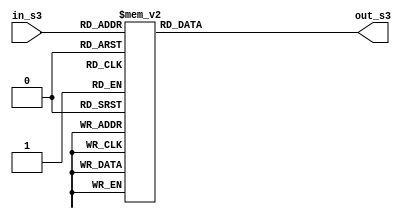
module s_box_03(in_s3,out_s3);

input [7:0] in_s3;
output reg [31:0] out_s3;

always@(*)
begin
	
	case(in_s3)
	
8'h00 : out_s3 = 32'he93d5a68  ;
8'h01 : out_s3 = 32'h948140f7  ;
8'h02 : out_s3 = 32'hf64c261c  ;
8'h03 : out_s3 = 32'h94692934  ;
8'h04 : out_s3 = 32'h411520f7  ;
8'h05 : out_s3 = 32'h7602d4f7  ;
8'h06 : out_s3 = 32'hbcf46b2e  ;
8'h07 : out_s3 = 32'hd4a20068  ;
8'h08 : out_s3 = 32'hd4082471  ;
8'h09 : out_s3 = 32'h3320f46a  ;
8'h0A : out_s3 = 32'h43b7d4b7  ;
8'h0B : out_s3 = 32'h500061af  ;
8'h0C : out_s3 = 32'h1e39f62e  ;
8'h0D : out_s3 = 32'h97244546  ;
8'h0E : out_s3 = 32'h14214f74  ;
8'h0F : out_s3 = 32'hbf8b8840  ;
8'h10 : out_s3 = 32'h4d95fc1d  ;
8'h11 : out_s3 = 32'h96b591af  ;
8'h12 : out_s3 = 32'h70f4ddd3  ;
8'h13 : out_s3 = 32'h66a02f45  ;
8'h14 : out_s3 = 32'hbfbc09ec  ;
8'h15 : out_s3 = 32'h03bd9785  ;
8'h16 : out_s3 = 32'h7fac6dd0  ;
8'h17 : out_s3 = 32'h31cb8504  ;
8'h18 : out_s3 = 32'h96eb27b3  ;
8'h19 : out_s3 = 32'h55fd3941  ;
8'h1A : out_s3 = 32'hda2547e6  ;
8'h1B : out_s3 = 32'habca0a9a  ;
8'h1C : out_s3 = 32'h28507825  ;
8'h1D : out_s3 = 32'h530429f4  ;
8'h1E : out_s3 = 32'h0a2c86da  ;
8'h1F : out_s3 = 32'he9b66dfb  ;
8'h20 : out_s3 = 32'h68dc1462  ;
8'h21 : out_s3 = 32'hd7486900  ;
8'h22 : out_s3 = 32'h680ec0a4  ;
8'h23 : out_s3 = 32'h27a18dee  ;
8'h24 : out_s3 = 32'h4f3ffea2  ;
8'h25 : out_s3 = 32'he887ad8c  ;
8'h26 : out_s3 = 32'hb58ce006  ;
8'h27 : out_s3 = 32'h7af4d6b6  ;
8'h28 : out_s3 = 32'haace1e7c  ;
8'h29 : out_s3 = 32'hd3375fec  ;
8'h2A : out_s3 = 32'hce78a399  ;
8'h2B : out_s3 = 32'h406b2a42  ;
8'h2C : out_s3 = 32'h20fe9e35  ;
8'h2D : out_s3 = 32'hd9f385b9  ;
8'h2E : out_s3 = 32'hee39d7ab  ;
8'h2F : out_s3 = 32'h3b124e8b  ;
8'h30 : out_s3 = 32'h1dc9faf7  ;
8'h31 : out_s3 = 32'h4b6d1856  ;
8'h32 : out_s3 = 32'h26a36631  ;
8'h33 : out_s3 = 32'heae397b2  ;
8'h34 : out_s3 = 32'h3a6efa74  ;
8'h35 : out_s3 = 32'hdd5b4332  ;
8'h36 : out_s3 = 32'h6841e7f7  ;
8'h37 : out_s3 = 32'hca7820fb  ;
8'h38 : out_s3 = 32'hfb0af54e  ;
8'h39 : out_s3 = 32'hd8feb397  ;
8'h3A : out_s3 = 32'h454056ac  ;
8'h3B : out_s3 = 32'hba489527  ;
8'h3C : out_s3 = 32'h55533a3a  ;
8'h3D : out_s3 = 32'h20838d87  ;
8'h3E : out_s3 = 32'hfe6ba9b7  ;
8'h3F : out_s3 = 32'hd096954b  ;
8'h40 : out_s3 = 32'h55a867bc  ;
8'h41 : out_s3 = 32'ha1159a58  ;
8'h42 : out_s3 = 32'hcca92963  ;
8'h43 : out_s3 = 32'h99e1db33  ;
8'h44 : out_s3 = 32'ha62a4a56  ;
8'h45 : out_s3 = 32'h3f3125f9  ;
8'h46 : out_s3 = 32'h5ef47e1c  ;
8'h47 : out_s3 = 32'h9029317c  ;
8'h48 : out_s3 = 32'hfdf8e802  ;
8'h49 : out_s3 = 32'h04272f70  ;
8'h4A : out_s3 = 32'h80bb155c  ;
8'h4B : out_s3 = 32'h05282ce3  ;
8'h4C : out_s3 = 32'h95c11548  ;
8'h4D : out_s3 = 32'he4c66d22  ;
8'h4E : out_s3 = 32'h48c1133f  ;
8'h4F : out_s3 = 32'hc70f86dc  ;
8'h50 : out_s3 = 32'h07f9c9ee  ;
8'h51 : out_s3 = 32'h41041f0f  ;
8'h52 : out_s3 = 32'h404779a4  ;
8'h53 : out_s3 = 32'h5d886e17  ;
8'h54 : out_s3 = 32'h325f51eb  ;
8'h55 : out_s3 = 32'hd59bc0d1  ;
8'h56 : out_s3 = 32'hf2bcc18f  ;
8'h57 : out_s3 = 32'h41113564  ;
8'h58 : out_s3 = 32'h257b7834  ;
8'h59 : out_s3 = 32'h602a9c60  ;
8'h5A : out_s3 = 32'hdff8e8a3  ;
8'h5B : out_s3 = 32'h1f636c1b  ;
8'h5C : out_s3 = 32'h0e12b4c2  ;
8'h5D : out_s3 = 32'h02e1329e  ;
8'h5E : out_s3 = 32'haf664fd1  ;
8'h5F : out_s3 = 32'hcad18115  ;
8'h60 : out_s3 = 32'h6b2395e0  ;
8'h61 : out_s3 = 32'h333e92e1  ;
8'h62 : out_s3 = 32'h3b240b62  ;
8'h63 : out_s3 = 32'heebeb922  ;
8'h64 : out_s3 = 32'h85b2a20e  ;
8'h65 : out_s3 = 32'he6ba0d99  ;
8'h66 : out_s3 = 32'hde720c8c  ;
8'h67 : out_s3 = 32'h2da2f728  ;
8'h68 : out_s3 = 32'hd0127845  ;
8'h69 : out_s3 = 32'h95b794fd  ;
8'h6A : out_s3 = 32'h647d0862  ;
8'h6B : out_s3 = 32'he7ccf5f0  ;
8'h6C : out_s3 = 32'h5449a36f  ;
8'h6D : out_s3 = 32'h877d48fa  ;
8'h6E : out_s3 = 32'hc39dfd27  ;
8'h6F : out_s3 = 32'hf33e8d1e  ;
8'h70 : out_s3 = 32'h0a476341  ;
8'h71 : out_s3 = 32'h992eff74  ;
8'h72 : out_s3 = 32'h3a6f6eab  ;
8'h73 : out_s3 = 32'hf4f8fd37  ;
8'h74 : out_s3 = 32'ha812dc60  ;
8'h75 : out_s3 = 32'ha1ebddf8  ;
8'h76 : out_s3 = 32'h991be14c  ;
8'h77 : out_s3 = 32'hdb6e6b0d  ;
8'h78 : out_s3 = 32'hc67b5510  ;
8'h79 : out_s3 = 32'h6d672c37  ;
8'h7A : out_s3 = 32'h2765d43b  ;
8'h7B : out_s3 = 32'hdcd0e804  ;
8'h7C : out_s3 = 32'hf1290dc7  ;
8'h7D : out_s3 = 32'hcc00ffa3  ;
8'h7E : out_s3 = 32'hb5390f92  ;
8'h7F : out_s3 = 32'h690fed0b  ;
8'h80 : out_s3 = 32'h667b9ffb  ;
8'h81 : out_s3 = 32'hcedb7d9c  ;
8'h82 : out_s3 = 32'ha091cf0b  ;
8'h83 : out_s3 = 32'hd9155ea3  ;
8'h84 : out_s3 = 32'hbb132f88  ;
8'h85 : out_s3 = 32'h515bad24  ;
8'h86 : out_s3 = 32'h7b9479bf  ;
8'h87 : out_s3 = 32'h763bd6eb  ;
8'h88 : out_s3 = 32'h37392eb3  ;
8'h89 : out_s3 = 32'hcc115979  ;
8'h8A : out_s3 = 32'h8026e297  ;
8'h8B : out_s3 = 32'hf42e312d  ;
8'h8C : out_s3 = 32'h6842ada7  ;
8'h8D : out_s3 = 32'hc66a2b3b  ;
8'h8E : out_s3 = 32'h12754ccc  ;
8'h8F : out_s3 = 32'h782ef11c  ;
8'h90 : out_s3 = 32'h6a124237  ;
8'h91 : out_s3 = 32'hb79251e7  ;
8'h92 : out_s3 = 32'h06a1bbe6  ;
8'h93 : out_s3 = 32'h4bfb6350  ;
8'h94 : out_s3 = 32'h1a6b1018  ;
8'h95 : out_s3 = 32'h11caedfa  ;
8'h96 : out_s3 = 32'h3d25bdd8  ;
8'h97 : out_s3 = 32'he2e1c3c9  ;
8'h98 : out_s3 = 32'h44421659  ;
8'h99 : out_s3 = 32'h0a121386  ;
8'h9A : out_s3 = 32'hd90cec6e  ;
8'h9B : out_s3 = 32'hd5abea2a  ;
8'h9C : out_s3 = 32'h64af674e  ;
8'h9D : out_s3 = 32'hda86a85f  ;
8'h9E : out_s3 = 32'hbebfe988  ;
8'h9F : out_s3 = 32'h64e4c3fe  ;
8'hA0 : out_s3 = 32'h9dbc8057  ;
8'hA1 : out_s3 = 32'hf0f7c086  ;
8'hA2 : out_s3 = 32'h60787bf8  ;
8'hA3 : out_s3 = 32'h6003604d  ;
8'hA4 : out_s3 = 32'hd1fd8346  ;
8'hA5 : out_s3 = 32'hf6381fb0  ;
8'hA6 : out_s3 = 32'h7745ae04  ;
8'hA7 : out_s3 = 32'hd736fccc  ;
8'hA8 : out_s3 = 32'h83426b33  ;
8'hA9 : out_s3 = 32'hf01eab71  ;
8'hAA : out_s3 = 32'hb0804187  ;
8'hAB : out_s3 = 32'h3c005e5f  ;
8'hAC : out_s3 = 32'h77a057be  ;
8'hAD : out_s3 = 32'hbde8ae24  ;
8'hAE : out_s3 = 32'h55464299  ;
8'hAF : out_s3 = 32'hbf582e61  ;
8'hB0 : out_s3 = 32'h4e58f48f  ;
8'hB1 : out_s3 = 32'hf2ddfda2  ;
8'hB2 : out_s3 = 32'hf474ef38  ;
8'hB3 : out_s3 = 32'h8789bdc2  ;
8'hB4 : out_s3 = 32'h5366f9c3  ;
8'hB5 : out_s3 = 32'hc8b38e74  ;
8'hB6 : out_s3 = 32'hb475f255  ;
8'hB7 : out_s3 = 32'h46fcd9b9  ;
8'hB8 : out_s3 = 32'h7aeb2661  ;
8'hB9 : out_s3 = 32'h8b1ddf84  ;
8'hBA : out_s3 = 32'h846a0e79  ;
8'hBB : out_s3 = 32'h915f95e2  ;
8'hBC : out_s3 = 32'h466e598e  ;
8'hBD : out_s3 = 32'h20b45770  ;
8'hBE : out_s3 = 32'h8cd55591  ;
8'hBF : out_s3 = 32'hc902de4c  ;
8'hC0 : out_s3 = 32'hb90bace1  ;
8'hC1 : out_s3 = 32'hbb8205d0  ;
8'hC2 : out_s3 = 32'h11a86248  ;
8'hC3 : out_s3 = 32'h7574a99e  ;
8'hC4 : out_s3 = 32'hb77f19b6  ;
8'hC5 : out_s3 = 32'he0a9dc09  ;
8'hC6 : out_s3 = 32'h662d09a1  ;
8'hC7 : out_s3 = 32'hc4324633  ;
8'hC8 : out_s3 = 32'he85a1f02  ;
8'hC9 : out_s3 = 32'h09f0be8c  ;
8'hCA : out_s3 = 32'h4a99a025  ;
8'hCB : out_s3 = 32'h1d6efe10  ;
8'hCC : out_s3 = 32'h1ab93d1d  ;
8'hCD : out_s3 = 32'h0ba5a4df  ;
8'hCE : out_s3 = 32'ha186f20f  ;
8'hCF : out_s3 = 32'h2868f169  ;
8'hD0 : out_s3 = 32'hdcb7da83  ;
8'hD1 : out_s3 = 32'h573906fe  ;
8'hD2 : out_s3 = 32'ha1e2ce9b  ;
8'hD3 : out_s3 = 32'h4fcd7f52  ;
8'hD4 : out_s3 = 32'h50115e01  ;
8'hD5 : out_s3 = 32'ha70683fa  ;
8'hD6 : out_s3 = 32'ha002b5c4  ;
8'hD7 : out_s3 = 32'h0de6d027  ;
8'hD8 : out_s3 = 32'h9af88c27  ;
8'hD9 : out_s3 = 32'h773f8641  ;
8'hDA : out_s3 = 32'hc3604c06  ;
8'hDB : out_s3 = 32'h61a806b5  ;
8'hDC : out_s3 = 32'hf0177a28  ;
8'hDD : out_s3 = 32'hc0f586e0  ;
8'hDE : out_s3 = 32'h006058aa  ;
8'hDF : out_s3 = 32'h30dc7d62  ;
8'hE0 : out_s3 = 32'h11e69ed7  ;
8'hE1 : out_s3 = 32'h2338ea63  ;
8'hE2 : out_s3 = 32'h53c2dd94  ;
8'hE3 : out_s3 = 32'hc2c21634  ;
8'hE4 : out_s3 = 32'hbbcbee56  ;
8'hE5 : out_s3 = 32'h90bcb6de  ;
8'hE6 : out_s3 = 32'hebfc7da1  ;
8'hE7 : out_s3 = 32'hce591d76  ;
8'hE8 : out_s3 = 32'h6f05e409  ;
8'hE9 : out_s3 = 32'h4b7c0188  ;
8'hEA : out_s3 = 32'h39720a3d  ;
8'hEB : out_s3 = 32'h7c927c24  ;
8'hEC : out_s3 = 32'h86e3725f  ;
8'hED : out_s3 = 32'h724d9db9  ;
8'hEE : out_s3 = 32'h1ac15bb4  ;
8'hEF : out_s3 = 32'hd39eb8fc  ;
8'hF0 : out_s3 = 32'hed545578  ;
8'hF1 : out_s3 = 32'h08fca5b5  ;
8'hF2 : out_s3 = 32'hd83d7cd3  ;
8'hF3 : out_s3 = 32'h4dad0fc4  ;
8'hF4 : out_s3 = 32'h1e50ef5e  ;
8'hF5 : out_s3 = 32'hb161e6f8  ;
8'hF6 : out_s3 = 32'ha28514d9  ;
8'hF7 : out_s3 = 32'h6c51133c  ;
8'hF8 : out_s3 = 32'h6fd5c7e7  ;
8'hF9 : out_s3 = 32'h56e14ec4  ;
8'hFA : out_s3 = 32'h362abfce  ;
8'hFB : out_s3 = 32'hddc6c837  ;
8'hFC : out_s3 = 32'hd79a3234  ;
8'hFD : out_s3 = 32'h92638212  ;
8'hFE : out_s3 = 32'h670efa8e  ;
8'hFF : out_s3 = 32'h406000e0  ;

endcase
end
endmodule